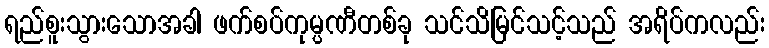
ရည်စူးသွားသောအခါ ဖက်စပ်ကုမ္ပဏီတစ်ခု သင်သိမြင်သင့်သည် အရိပ်ကလည်း